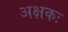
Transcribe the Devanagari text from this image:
अक्षकः